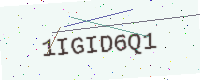
Text: 1IGID6Q1